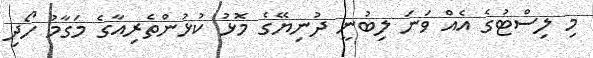
މި ލިސްޓުގެ އެއް ވަނަ ލިބުނީ ދުނިޔޭގެ މޮޅު ކުޅުންތެރިއާގެ މަގާމު ހޯދި